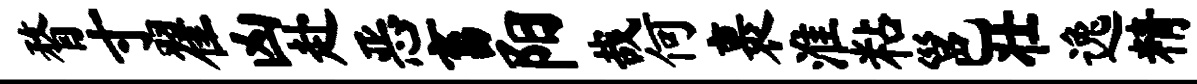
瞀寸翟凶赴恶畜阳哉何裹淮粘邕壮逸精